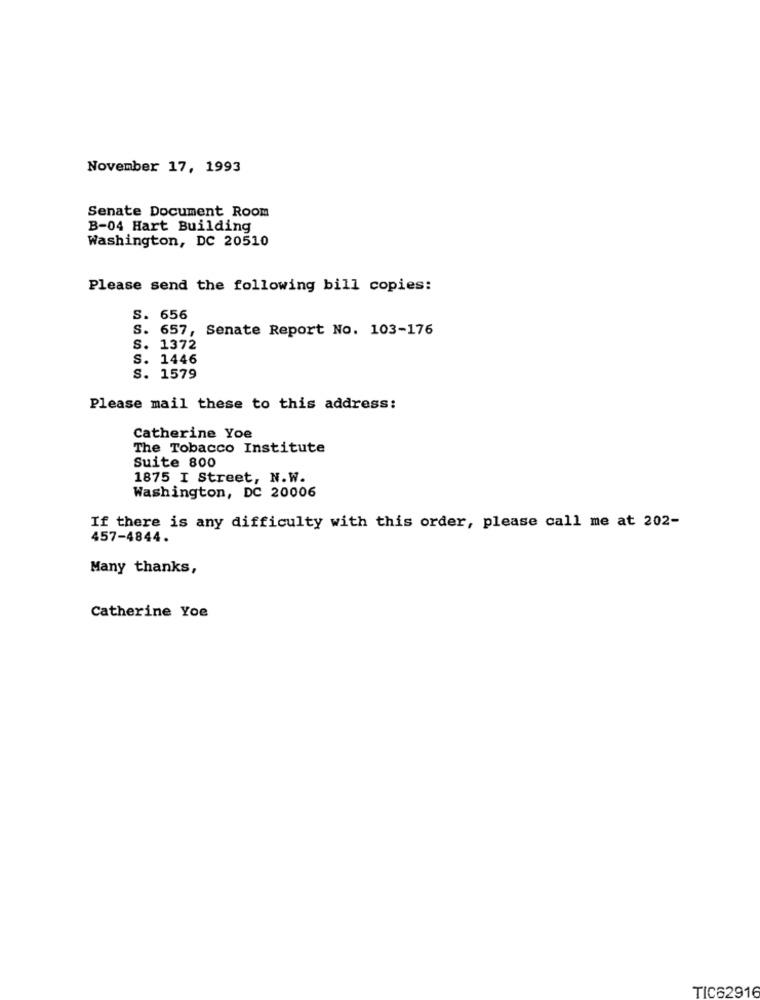
November 17, 1993
Senate Document Room
B-04 Hart Building
Washington, DC 20510
Please send the following bill copies:
S. 656
S. 657, Senate Report No. 103-176
S. 1372
S. 1446
S. 1579
Please mail these to this address:
Catherine Yoe
The Tobacco Institute
Suite 800
1875 I Street, N.W.
Washington, DC 20006
If there is any difficulty with this order, please call me at 202-
457-4844.
Many thanks,
Catherine Yoe
TIC62916